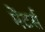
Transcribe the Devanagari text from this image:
मेंटर्स